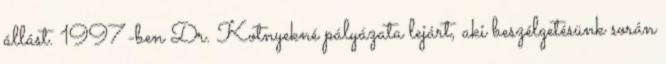
állást. 1997-ben Dr. Kotnyekné pályázata lejárt, aki beszélgetésünk során